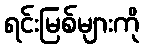
ရင်းမြစ်များကို